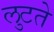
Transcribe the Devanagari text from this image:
लुटते